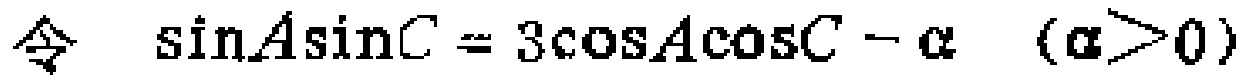
令 \(\sin A\sin C = 3\cos A\cos C - \alpha\) \((\alpha>0)\)